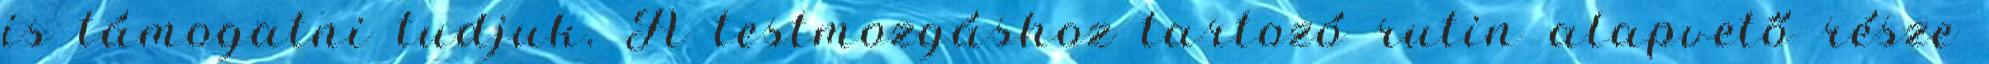
is támogatni tudjuk. A testmozgáshoz tartozó rutin alapvető része